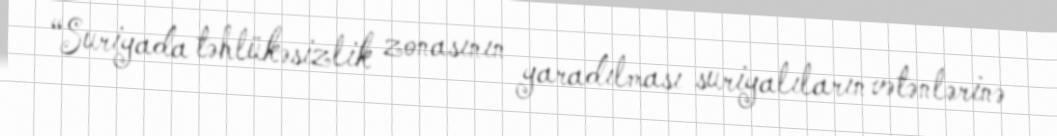
“Suriyada təhlükəsizlik zonasının yaradılması suriyalıların vətənlərinə